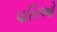
પતિઓ